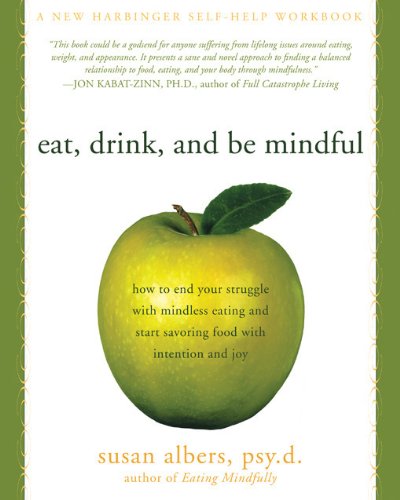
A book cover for Eat, Drink, and Be Mindful: How to End Your Struggle with Mindless Eating and Start Savoring Food with Intention and Joy; Susan Albers; Self-Help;